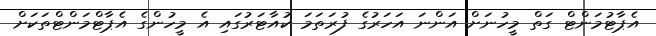
އެޕާޓުމަންޓް ގަތް މީހުނަށް އަންނަ އަހަރުގެ ފުރަތަމަ ކުއާޓަރުގައި އެ މީހުންގެ އެޕާޓްމަންޓްތަކަށް